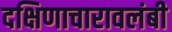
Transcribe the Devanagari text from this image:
दक्षिणाचारावलंबी